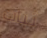
ثبات